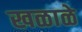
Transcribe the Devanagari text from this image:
खळाळे